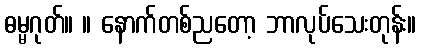
ဓမ္မဂုတ်။ ။ နောက်တစ်ညတော့ ဘာလုပ်သေးတုန်း။